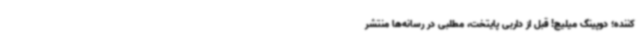
کننده؛ دوپینگ میلیچ! قبل از داربی پایتخت، مطلبی در رسانه‌ها منتشر